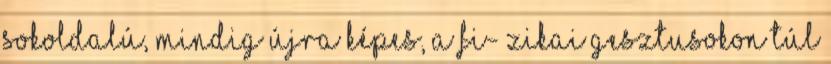
sokoldalú, mindig újra képes, a fi- zikai gesztusokon túl